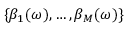
\{ \beta _ { 1 } ( \omega ) , \dots , \beta _ { M } ( \omega ) \}